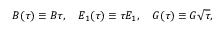
B ( \tau ) \equiv B \tau , \quad E _ { 1 } ( \tau ) \equiv \tau E _ { 1 } , \quad G ( \tau ) \equiv G \sqrt { \tau } ,